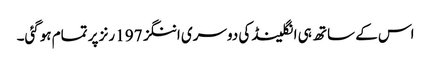
اس کے ساتھ ہی انگلینڈ کی دوسری اننگز 197 رنز پر تمام ہوگئی۔